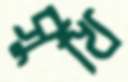
সুখি